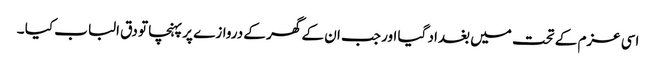
اسی عزم کے تحت میں بغداد گیا اور جب ان کے گھر کے دروازے پر پہنچا تو دق الباب کیا ۔